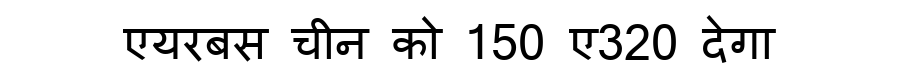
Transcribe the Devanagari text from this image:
एयरबस चीन को 150 ए320 देगा